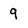
Character: 9